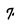
Character: 7